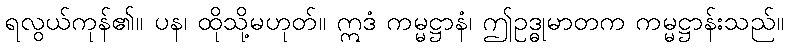
ရလွယ်ကုန်၏။ ပန၊ ထိုသို့မဟုတ်။ ဣဒံ ကမ္မဋ္ဌာနံ၊ ဤဥဒ္ဓုမာတက ကမ္မဋ္ဌာန်းသည်။